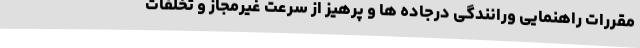
مقررات راهنمایی ورانندگی درجاده ها و پرهیز از سرعت غیرمجاز و تخلفات